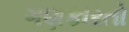
ગણકારતો